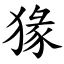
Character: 猭